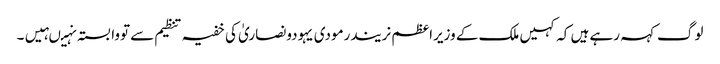
لوگ کہہ رہے ہیں کہ کہیں ملک کے وزیراعظم نریندرمودی یہودونصاریٰ کی خفیہ تنظیم سے تووابستہ نہیںہیں۔